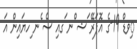
ިވޑް 19-ގެ އޮޕަރޭ ަޝ ްނ ަގއި ސެ ެނ ިހޔައިން އަ